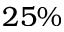
2 5 \%